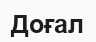
Доғал